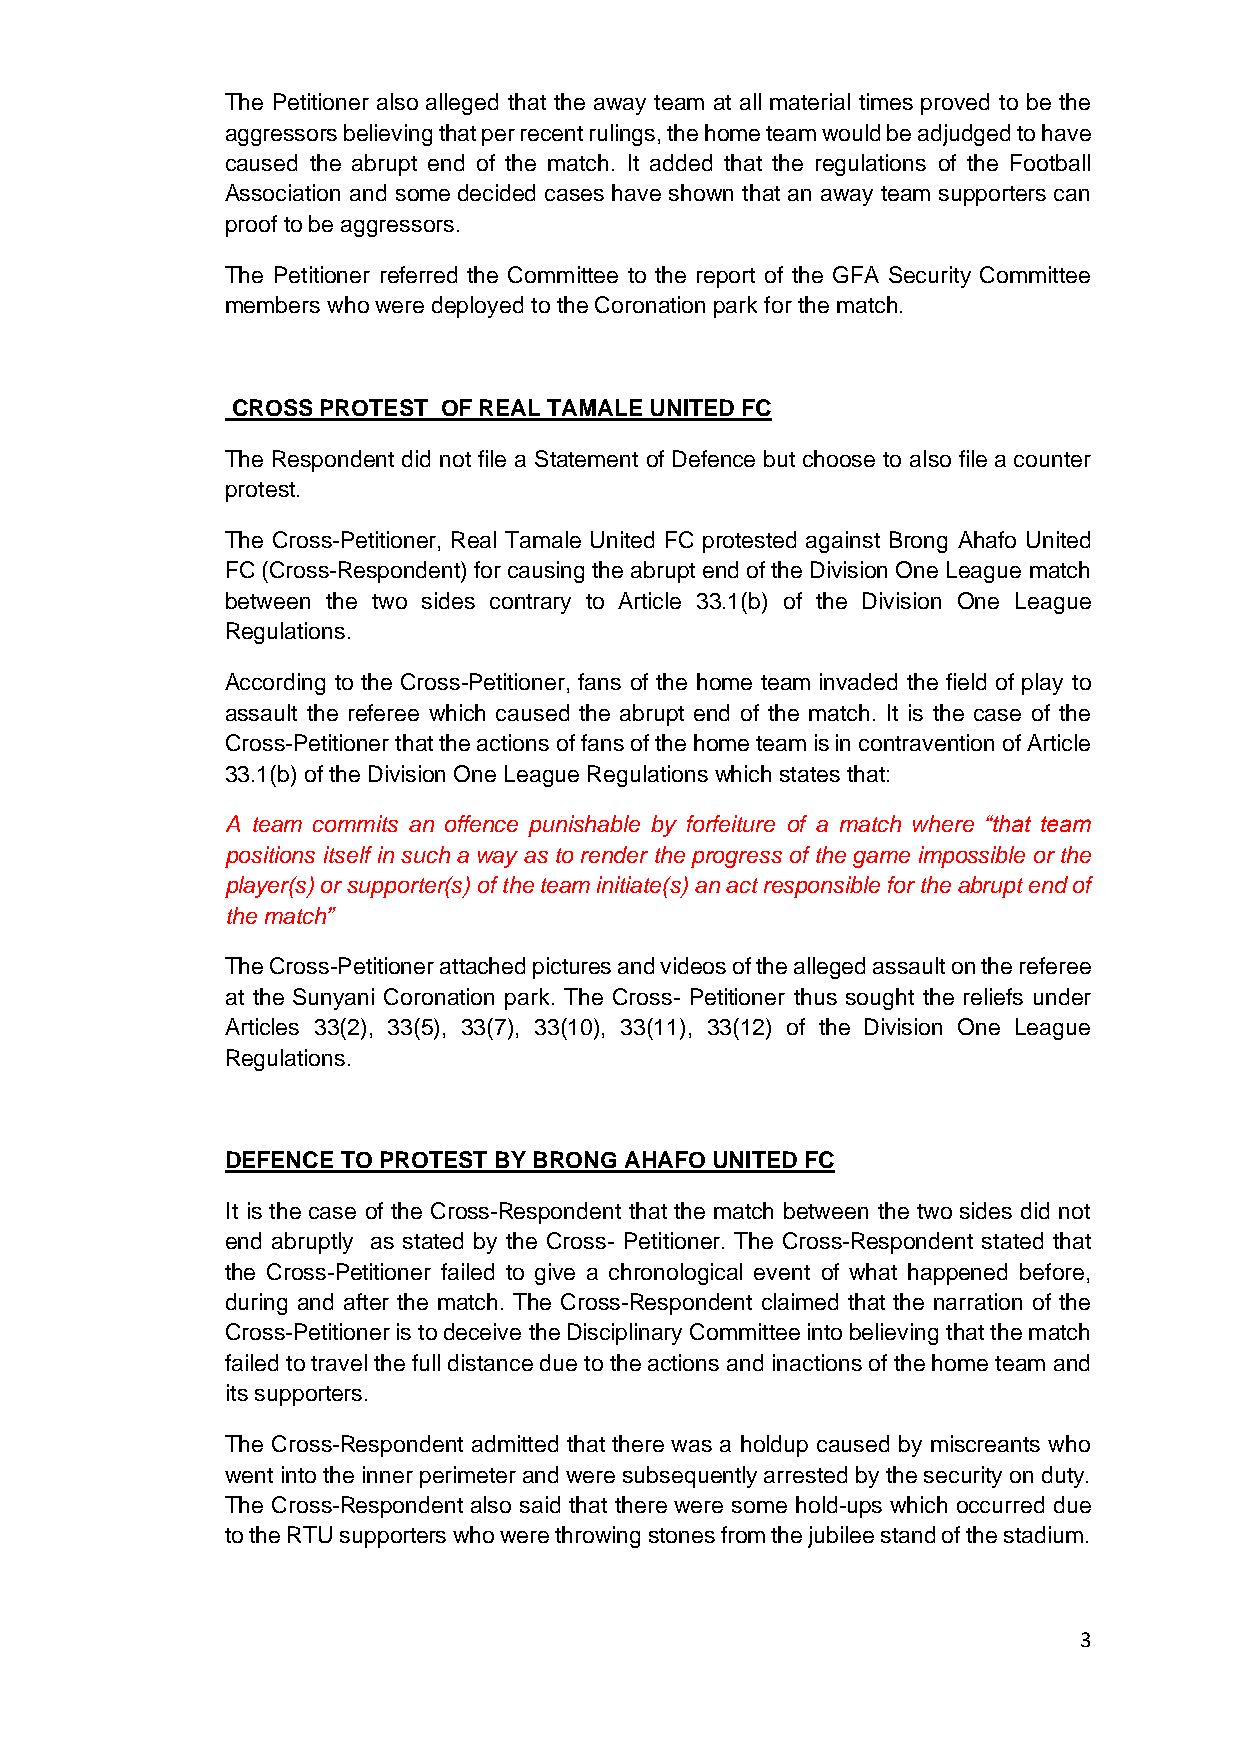
The Petitioner also alleged that the away team at all material times proved to be the
 aggressors believing that per recent rulings, the home team would be adjudged to have
 caused the abrupt end of the match. It added that the regulations of the Football
 Association and some decided cases have shown that an away team supporters can
 proof to be aggressors.
 The Petitioner referred the Committee to the report of the GFA Security Committee
 members who were deployed to the Coronation park for the match.
 CROSS PROTEST OF REAL TAMALE UNITED FC
 The Respondent did not file a Statement of Defence but choose to also file a counter
 protest.
 The Cross-Petitioner, Real Tamale United FC protested against Brong Ahafo United
 FC (Cross-Respondent) for causing the abrupt end of the Division One League match
 between the two sides contrary to Article 33.1(b) of the Division One League
 Regulations.
 According to the Cross-Petitioner, fans of the home team invaded the field of play to
 assault the referee which caused the abrupt end of the match. It is the case of the
 Cross-Petitioner that the actions of fans of the home team is in contravention of Article
 33.1(b) of the Division One League Regulations which states that:
 A team commits an offence punishable by forfeiture of a match where “that team
 positions itself in such a way as to render the progress of the game impossible or the
 player(s) or supporter(s) of the team initiate(s) an act responsible for the abrupt end of
 the match”
 The Cross-Petitioner attached pictures and videos of the alleged assault on the referee
 at the Sunyani Coronation park. The Cross- Petitioner thus sought the reliefs under
 Articles 33(2), 33(5), 33(7), 33(10), 33(11), 33(12) of the Division One League
 Regulations.
 DEFENCE TO PROTEST BY BRONG AHAFO UNITED FC
 It is the case of the Cross-Respondent that the match between the two sides did not
 end abruptly as stated by the Cross- Petitioner. The Cross-Respondent stated that
 the Cross-Petitioner failed to give a chronological event of what happened before,
 during and after the match. The Cross-Respondent claimed that the narration of the
 Cross-Petitioner is to deceive the Disciplinary Committee into believing that the match
 failed to travel the full distance due to the actions and inactions of the home team and
 its supporters.
 The Cross-Respondent admitted that there was a holdup caused by miscreants who
 went into the inner perimeter and were subsequently arrested by the security on duty.
 The Cross-Respondent also said that there were some hold-ups which occurred due
 to the RTU supporters who were throwing stones from the jubilee stand of the stadium.
 3